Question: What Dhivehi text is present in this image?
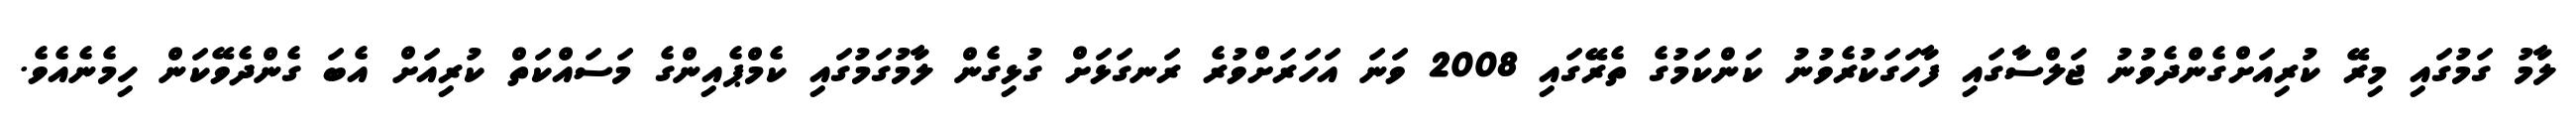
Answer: ލާމު ގަމުގައި މިރޭ ކުރިއަށްގެންދެވުނު ޖަލްސާގައި ފާހަގަކުރެވުނު ކަންކަމުގެ ތެރޭގައި 2008 ވަނަ އަހަރަށްވުރެ ރަނގަޅަށް ގުޅިގެން ލާމުގަމުގައި ކެމްޕެއިންގެ މަސައްކަތް ކުރިއަށް އެބަ ގެންދެވޭކަން ހިމެނެއެވެ.